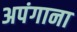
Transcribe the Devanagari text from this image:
अपंगाना